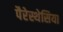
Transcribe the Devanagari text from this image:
पैरेस्थेसिया